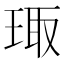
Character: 㻓